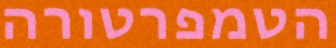
הטמפרטורה